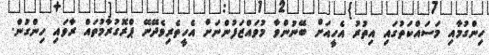
ހިންގުމާއި މަސައްކަތުގައި އިތުރު އެހީއަށް ބޭނުންވާ މުވައްޒަފުންނަށް އެހީތެރިވެދޭނޭ ޕްރޮގުރާމުތައް ރާވައި ހިންގުން.